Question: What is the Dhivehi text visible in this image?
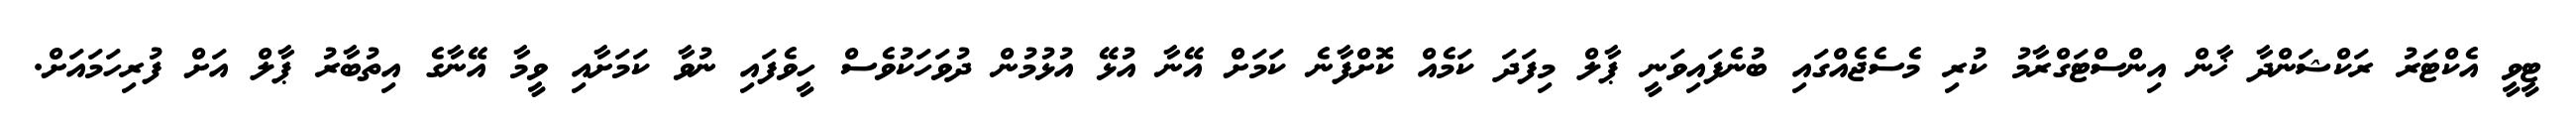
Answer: ޓީވީ އެކްޓަރު ރަކްޝަންދާ ޚާން އިންސްޓަގްރާމު ކުރި މެސެޖެއްގައި ބުނެފައިވަނީ ޕާލް މިފަދަ ކަމެއް ކޮށްފާނެ ކަމަށް އޭނާ އުޅޭ އުޅުމުން ދުވަހަކުވެސް ހީވެފައި ނުވާ ކަމަށާއި ވީމާ އޭނާގެ އިތުބާރު ޕާލް އަށް ފުރިހަމައަށް.